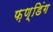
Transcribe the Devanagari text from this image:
फ़ण्डिंग